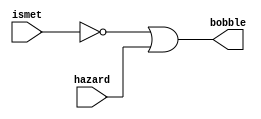
module bobble(input ismet,hazard,output bobble);
assign bobble=(!ismet)||hazard;
endmodule